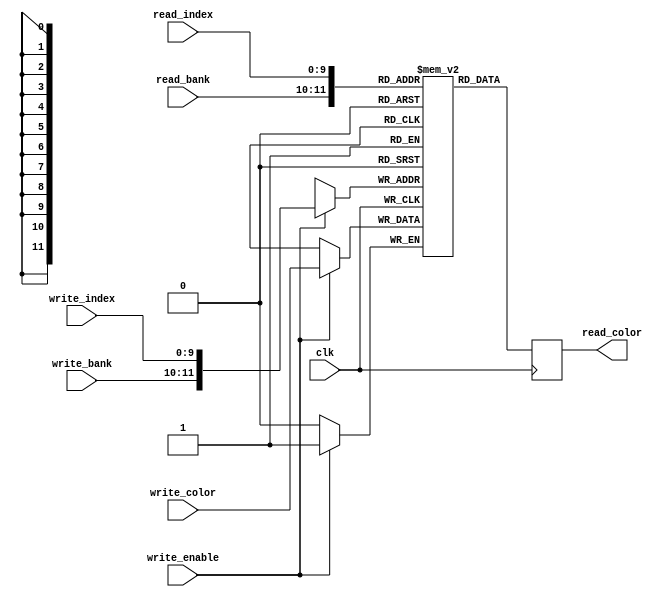
module LineBuffer (
    input clk,

    input [1:0] read_bank,
    input [9:0] read_index,
    output read_color,

    input write_enable,
    input [1:0] write_bank,
    input [9:0] write_index,
    input write_color
);
    reg buffer [0:4095];

    always @(posedge clk)
    begin
        read_color <= buffer[{read_bank, read_index}];

        if (write_enable)
        begin
            buffer[{write_bank, write_index}] <= write_color;
        end
    end
endmodule